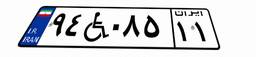
۹۴W۰۸۵۱۱